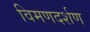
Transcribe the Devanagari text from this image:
विमणदर्शण